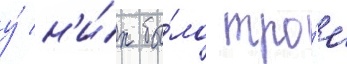
у́ н'и́х бы́ло тро́е